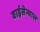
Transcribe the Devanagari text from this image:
वाईसेन्थाल